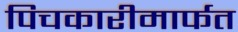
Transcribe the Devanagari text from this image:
पिचकारीमार्फत